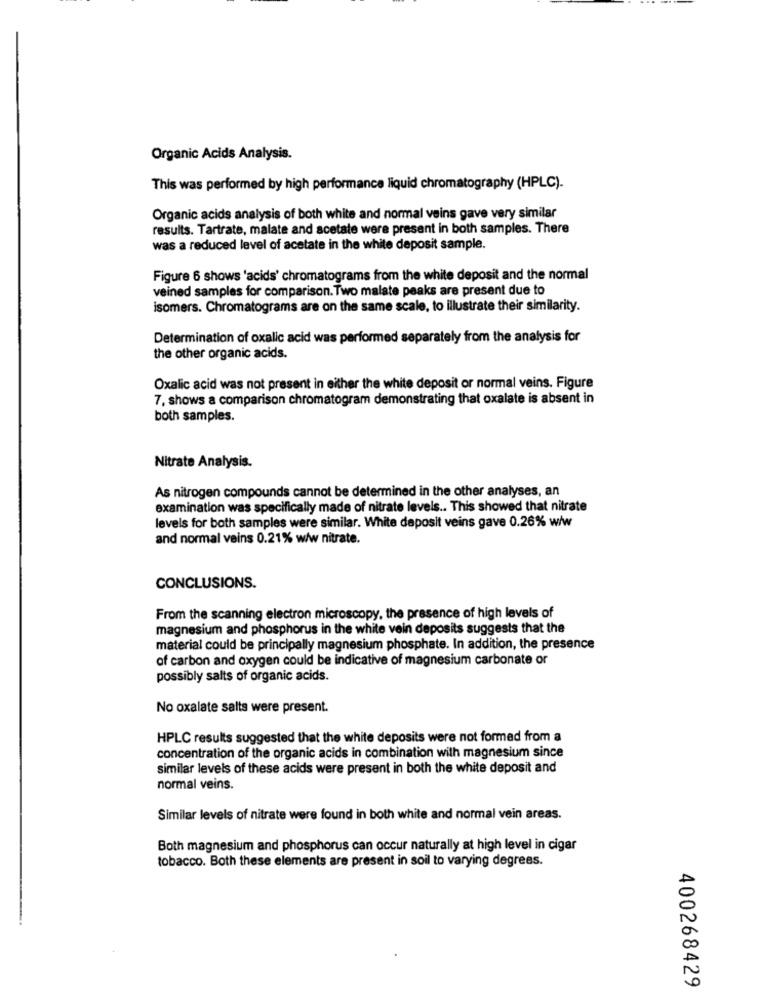
Organic Acids Analysis.
This was performed by high performance liquid chromatography (HPLC).
Organic acids analysis of both white and normal veins gave very similar
results. Tartrate, malate and acetate were present in both samples. There
was a reduced level of acetate in the white deposit sample.
Figure 6 shows 'acids' chromatograms from the white deposit and the normal
veined samples for comparison. Two malate peaks are present due to
isomers. Chromatograms are on the same scale, to illustrate their similarity.
Determination of oxalic acid was performed separately from the analysis for
the other organic acids.
Oxalic acid was not present in either the white deposit or normal veins. Figure
7, shows a comparison chromatogram demonstrating that oxalate is absent in
both samples.
Nitrate Analysis.
As nitrogen compounds cannot be determined in the other analyses, an
examination was specifically made of nitrate levels .. This showed that nitrate
levels for both samples were similar. White deposit veins gave 0.26% w/w
and normal veins 0.21% w/w nitrate.
CONCLUSIONS.
From the scanning electron microscopy, the presence of high levels of
magnesium and phosphorus in the white vein deposits suggests that the
material could be principally magnesium phosphate. In addition, the presence
of carbon and oxygen could be indicative of magnesium carbonate or
possibly salts of organic acids.
No oxalate salts were present.
HPLC results suggested that the white deposits were not formed from a
concentration of the organic acids in combination with magnesium since
similar levels of these acids were present in both the white deposit and
normal veins.
Similar levels of nitrate were found in both white and normal vein areas.
Both magnesium and phosphorus can occur naturally at high level in cigar
tobacco. Both these elements are present in soil to varying degrees.
400268429